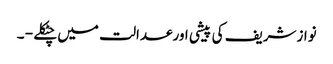
نوازشریف کی پیشی اورعدالت میں چٹکلے - ۔